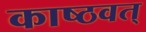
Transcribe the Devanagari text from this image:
काष्ठवत्